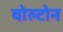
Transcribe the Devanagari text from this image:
वोल्टोन